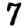
Digit: 7